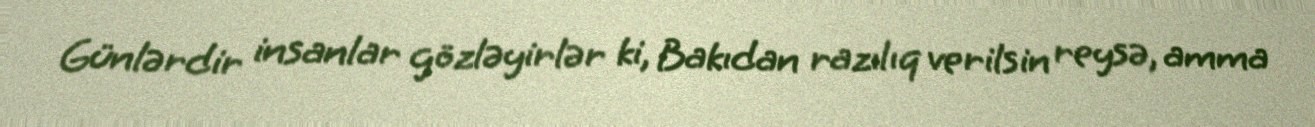
Günlərdir insanlar gözləyirlər ki, Bakıdan razılıq verilsin reysə, amma